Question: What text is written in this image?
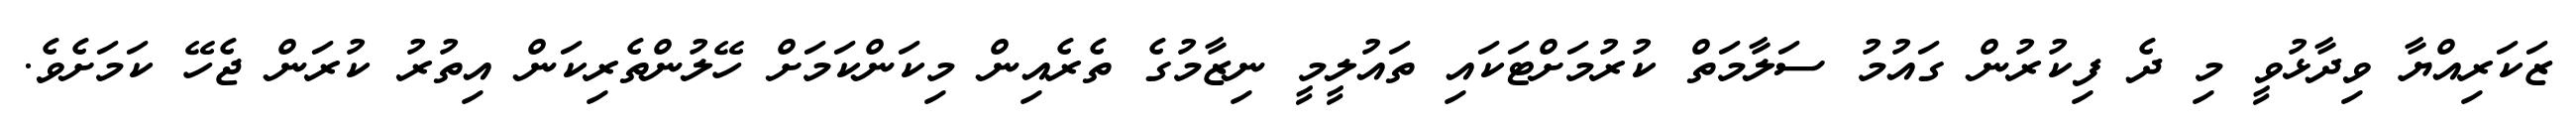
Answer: ޒަކަރިއްޔާ ވިދާޅުވީ މި ދެ ފިކުރުން ގައުމު ސަލާމަތް ކުރުމަށްޓަކައި ތައުލީމީ ނިޒާމުގެ ތެރެއިން މިކަންކަމަށް ހޭލުންތެރިކަން އިތުރު ކުރަން ޖެހޭ ކަމަށެވެ.